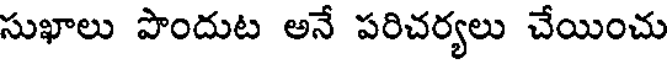
సుఖాలు పొందుట అనే పరిచర్యలు చేయించు